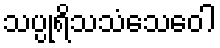
သပ္ပုရိသသံသေဝေါ